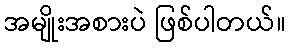
အမျိုးအစားပဲ ဖြစ်ပါတယ်။